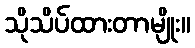
သိုသိပ်ထားတာမျိုး။